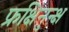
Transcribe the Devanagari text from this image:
फ्रक्षिनुन्क्ष